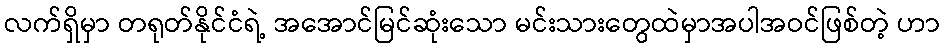
လက်ရှိမှာ တရုတ်နိုင်ငံရဲ့ အအောင်မြင်ဆုံးသော မင်းသားတွေထဲမှာအပါအဝင်ဖြစ်တဲ့ ဟာ